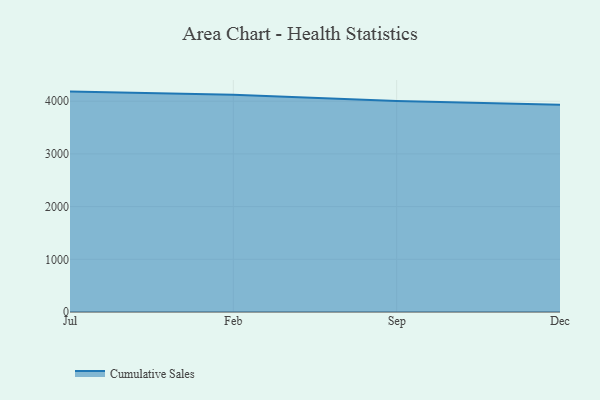
{"axis": {"x": "Month", "y": "Bounce Rate (%)"}, "legend": ["Cumulative Sales"], "data": [{"x": "Jul", "y": 4182.8, "type": "Cumulative Sales"}, {"x": "Feb", "y": 4124.9, "type": "Cumulative Sales"}, {"x": "Sep", "y": 4006.1, "type": "Cumulative Sales"}, {"x": "Dec", "y": 3932.7, "type": "Cumulative Sales"}]}